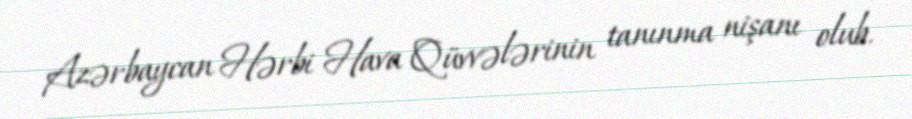
Azərbaycan Hərbi Hava Qüvvələrinin tanınma nişanı olub.